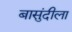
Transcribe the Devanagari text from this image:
बासुंदीला